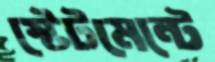
স্টেটমেন্টে